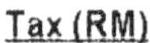
TAX (RM)